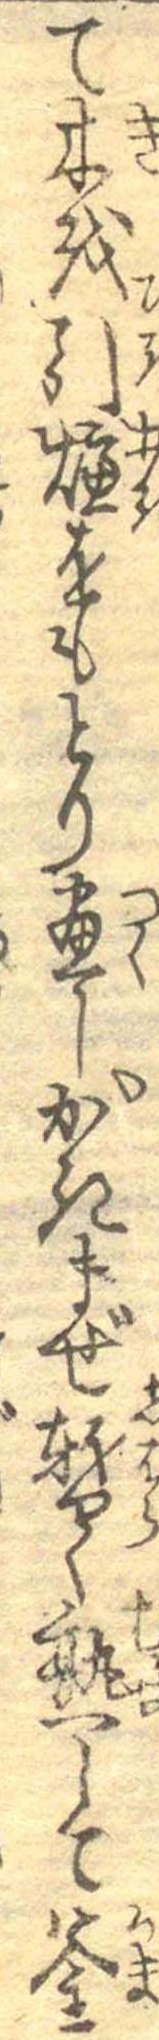
て木を引燠をもとり尽しかきまぜ暫く熟して釜